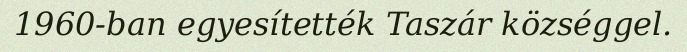
1960-ban egyesítették Taszár községgel.